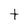
Character: t